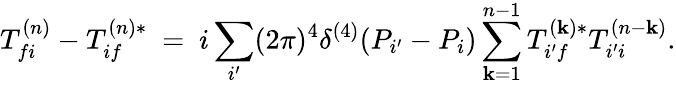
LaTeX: T_{fi}^{(n)}-T_{if}^{(n)*}\ =\ i\sum_{i^{\prime}}(2\pi)^{4}\delta^{(4)}(P_{i^{\prime}}-P_{i})\sum_{\mathbf{k}=1}^{n-1}T_{i^{\prime}f}^{(\mathbf{k})*}T_{i^{\prime}i}^{(n-\mathbf{k})}.